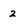
Character: 2